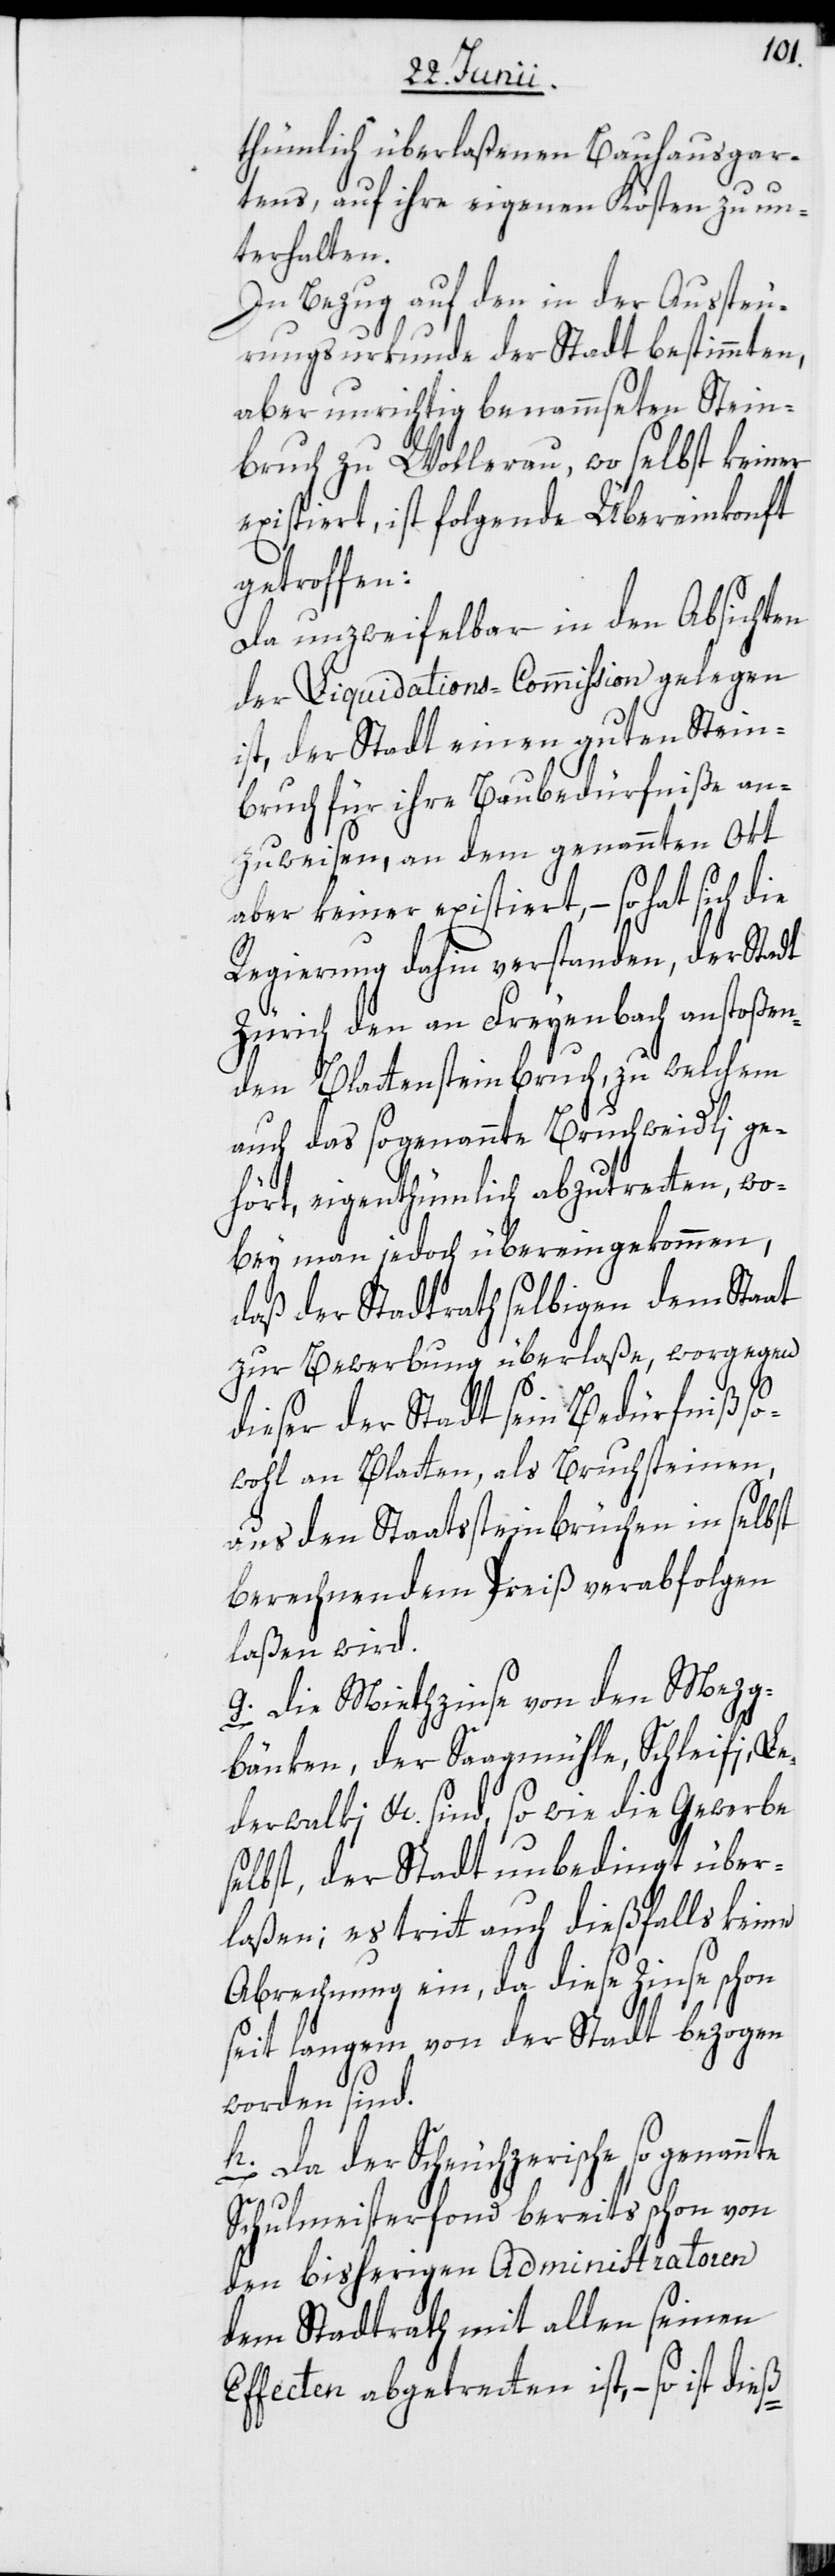
thümlich überlaßenen Bauhausgar¬
tens, auf ihre eigenen Kösten zu un¬
terhalten.
In Bezug auf den in der Aussteu¬
rungsurkunde der Stadt bestimmten,
aber unrichtig benammseten Stein¬
bruch zu Wollerau, wo selbst keiner
existiert, ist folgende Übereinkonft
getroffen:
Da unzweifelbar in den Absichten
der Liquidations-Commission gelegen
ist, der Stadt einen guten Stein¬
bruch für ihre Baubedürfniße an¬
zuweisen, an dem genannten Ort
aber keiner existiert, – so hat sich die
Regierung dahin verstanden, der Stadt
Zürich den an Freyenbach anstoßen¬
den Blattensteinbruch, zu welchem
auch das sogenannte Bruchweidli ge¬
hört, eigenthümlich abzutretten, wo¬
bey man jedoch übereingekommen,
daß der Stadtrath selbigen dem Staat
zur Bewerbung überlaße, worgegen
dieser der Stadt sein Bedürfniß so¬
wohl an Blatten, als Bruchsteinen,
aus den Staatssteinbrüchen in selbst
berechnendem Preiß verabfolgen
laßen wird.
g. Die Miethzinse von den Mezg¬
bänken, der Saagmühle, Schleifi, Le¬
derwalki etc. sind, so wie die Gewerbe
selbst, der Stadt unbedingt über¬
laßen; es tritt auch dießfalls keine
Abrechnung ein, da diese Zinse schon
seit langem von der Stadt bezogen
worden sind.
Da der Scheuchzerische so genannte
Schulmeisterfond bereits schon von
den bisherigen Administratoren
dem Stadtrath mit allen seinen
Effecten abgetretten ist, – so ist